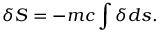
\delta S = - m c \int \delta d s .